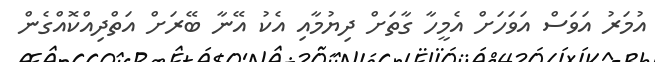
އުމަރު އަވަސް އަވަހަށް އެމީހާ ގާތަށް ދިޔުމާއި އެކު އޭނާ ބޭރަށް އަތްދިއްކޮއްގެން